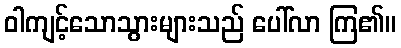
ဝါကျင့်သောသွားများသည် ပေါ်လာ ကြ၏။